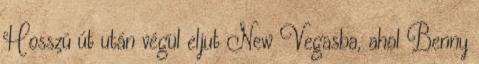
Hosszú út után végül eljut New Vegasba, ahol Benny